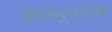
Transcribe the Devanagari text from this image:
ज्ञानेश्र्वरांचे